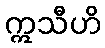
ဣသီဟိ